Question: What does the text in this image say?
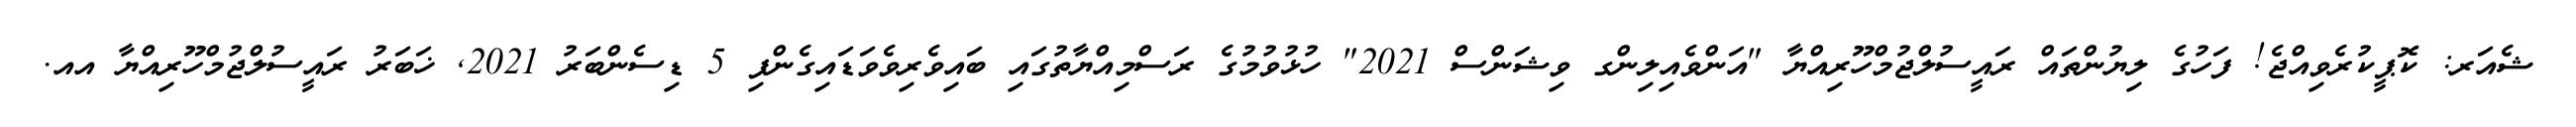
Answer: ޝެއަރ: ކޮޕީކުރެވިއްޖެ! ފަހުގެ ލިޔުންތައް ރައީސުލްޖުމްހޫރިއްޔާ "އަންވެއިލިންގ ވިޝަންސް 2021" ހުޅުވުމުގެ ރަސްމިއްޔާތުގައި ބައިވެރިވެވަޑައިގެންފި 5 ޑިސެންބަރު 2021, ޚަބަރު ރައީސުލްޖުމްހޫރިއްޔާ އއ.